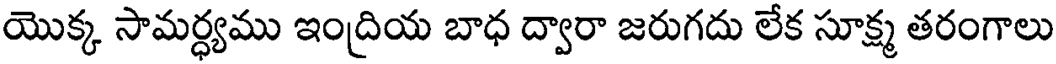
యొక్క సామర్ధ్యము ఇంద్రియ బాధ ద్వారా జరుగదు లేక సూక్ష్మ తరంగాలు